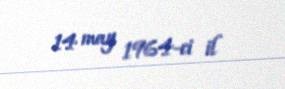
14 may 1964-ci il